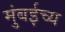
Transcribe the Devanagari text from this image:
मुंबईच्य